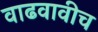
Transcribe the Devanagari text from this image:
वाढवावीच